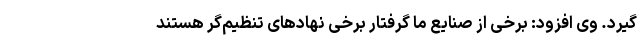
گیرد. وی افزود: برخی از صنایع ما گرفتار برخی نهادهای تنظیم‌گر هستند